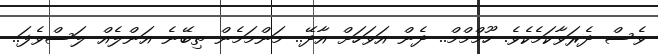
ވެސް ދެރަވާކަމެކެވެ. ހޫމްމްމް.. ދެން އަވަހަށް އާދޭ.. މަންމަމެން ތިބޭނެ އަންލެއް ލަސްވެފަ..